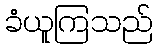
ခံယူကြသည်